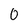
Character: 0